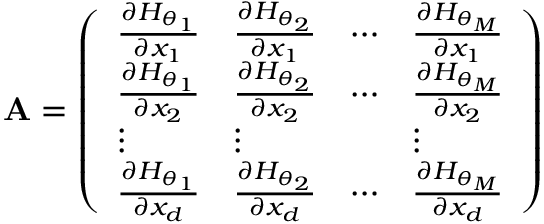
\mathbf { A } = \left( \begin{array} { l l l l } { \frac { \partial H _ { \boldsymbol \theta _ { 1 } } } { \partial x _ { 1 } } } & { \frac { \partial H _ { \boldsymbol \theta _ { 2 } } } { \partial x _ { 1 } } } & { \cdots } & { \frac { \partial H _ { \boldsymbol \theta _ { M } } } { \partial x _ { 1 } } } \\ { \frac { \partial H _ { \boldsymbol \theta _ { 1 } } } { \partial x _ { 2 } } } & { \frac { \partial H _ { \boldsymbol \theta _ { 2 } } } { \partial x _ { 2 } } } & { \cdots } & { \frac { \partial H _ { \boldsymbol \theta _ { M } } } { \partial x _ { 2 } } } \\ { \vdots } & { \vdots } & & { \vdots } \\ { \frac { \partial H _ { \boldsymbol \theta _ { 1 } } } { \partial x _ { d } } } & { \frac { \partial H _ { \boldsymbol \theta _ { 2 } } } { \partial x _ { d } } } & { \cdots } & { \frac { \partial H _ { \boldsymbol \theta _ { M } } } { \partial x _ { d } } } \end{array} \right)